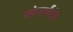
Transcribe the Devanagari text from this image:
संगर्षरंत